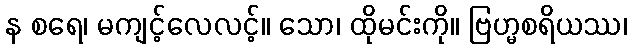
န စရေ၊ မကျင့်လေလင့်။ သော၊ ထိုမင်းကို။ ဗြဟ္မစရိယဿ၊